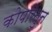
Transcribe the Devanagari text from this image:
कोपरितुन